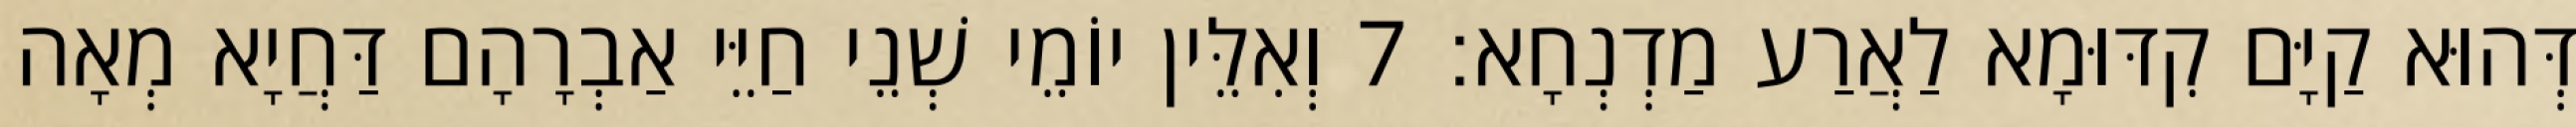
דְּהוּא קַיָּם קִדּוּמָא לַאֲרַע מַדְנְחָא׃ 7 וְאִלֵּין יוֹמֵי שְׁנֵי חַיֵּי אַבְרָהָם דַּחֲיָא מְאָה